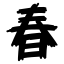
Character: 春